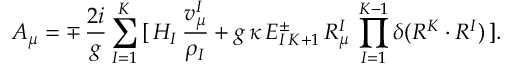
A _ { \mu } = \mp \, { \frac { 2 i } { g } } \sum _ { I = 1 } ^ { K } \, [ \, H _ { I } \, { \frac { v _ { \mu } ^ { I } } { \rho _ { I } } } + g \, \kappa \, E _ { I \, K + 1 } ^ { \pm } \, R _ { \mu } ^ { I } \, \prod _ { I = 1 } ^ { K - 1 } \delta ( R ^ { K } \cdot R ^ { I } ) \, ] .